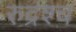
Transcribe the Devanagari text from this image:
रुद्रश्च